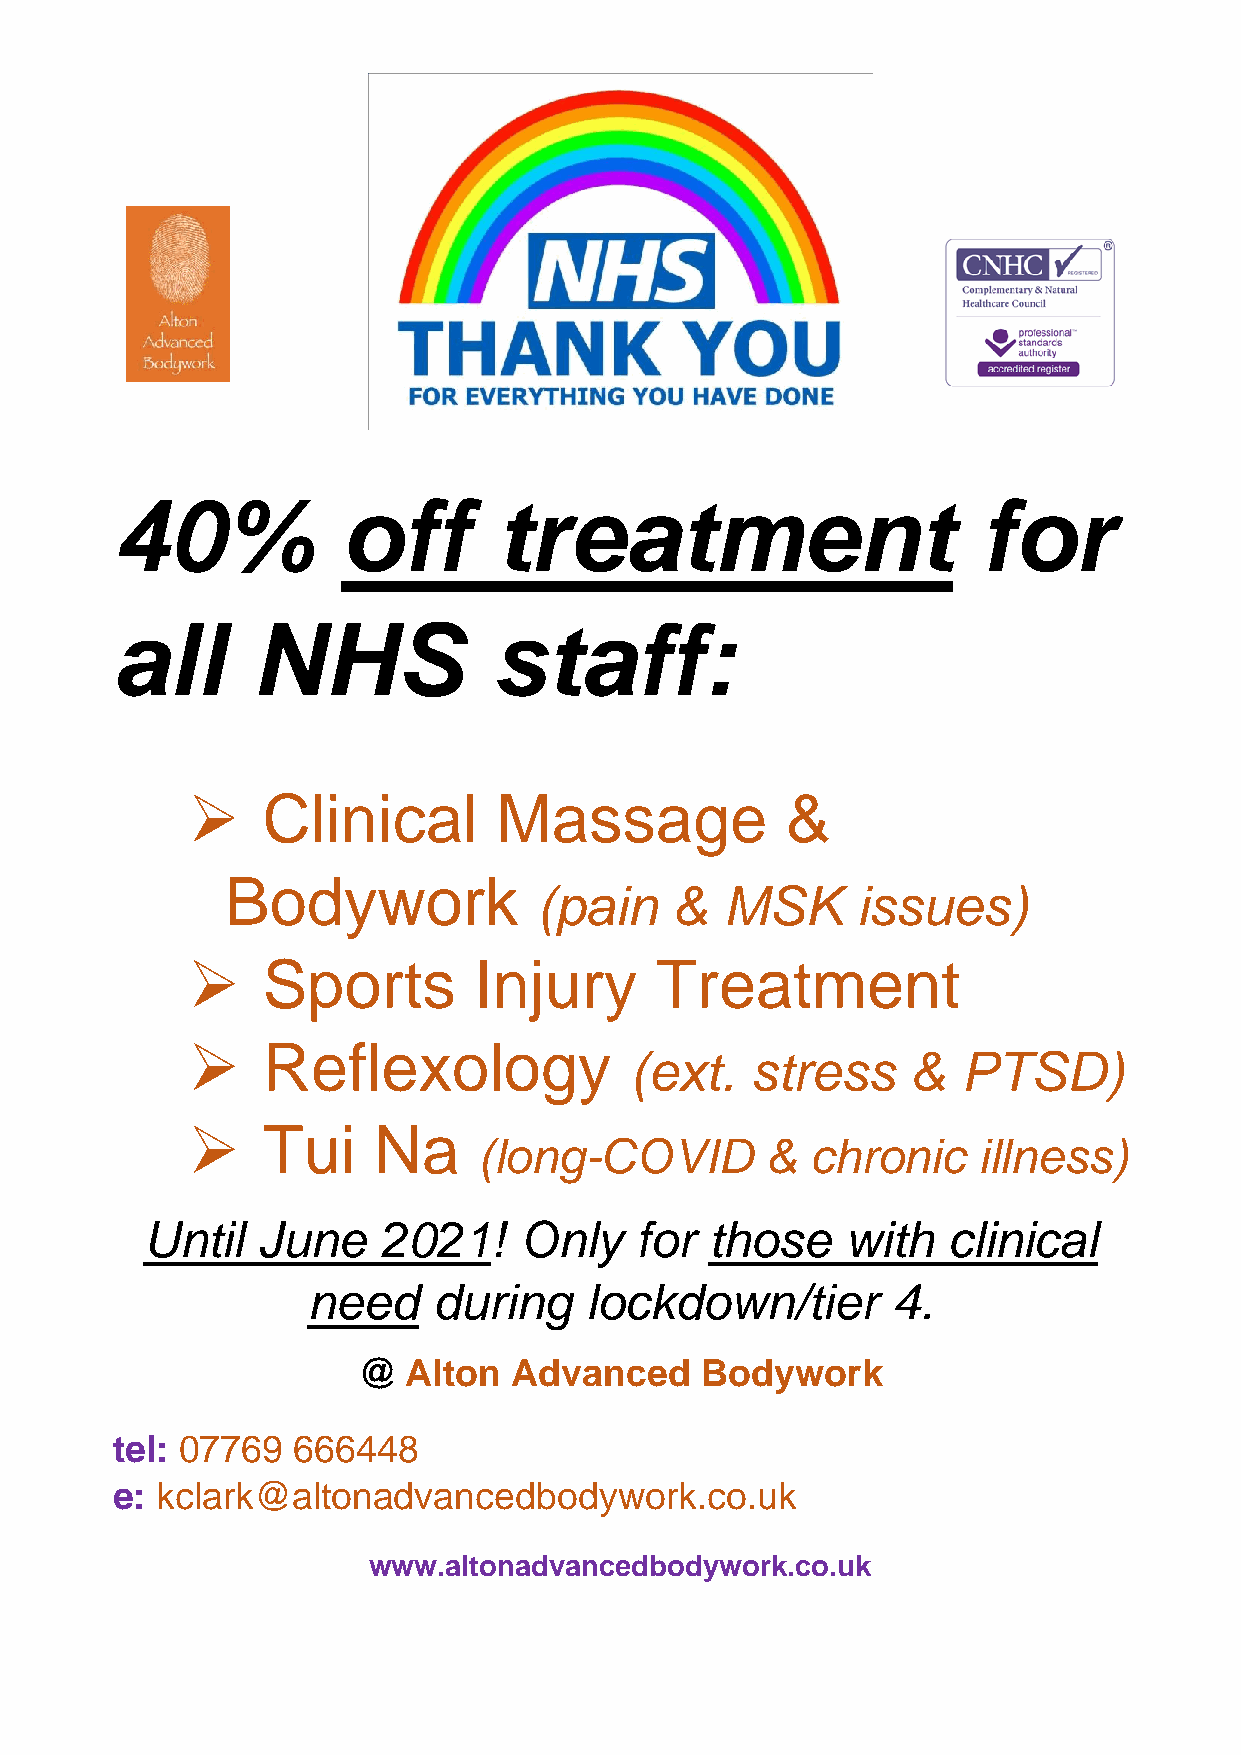
40%             off       treatment                       for
 all       NHS            staff:
 ➢    Clinical        Massage            &
 Bodywork
 (pain   &   MSK      issues)
 ➢    Sports        Injury      Treatment
 ➢    Reflexology
 (ext.   stress    &   PTSD)
 ➢    Tui     Na
 (long-COVID        &  chronic    illness)
 Until  June    2021!    Only    for  those    with   clinical
 need     during    lockdown/tier       4.
 @  Alton  Advanced    Bodywork
 tel: 07769  666448
 e: kclark@altonadvancedbodywork.co.uk
 www.altonadvancedbodywork.co.uk